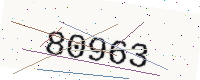
Text: 80963